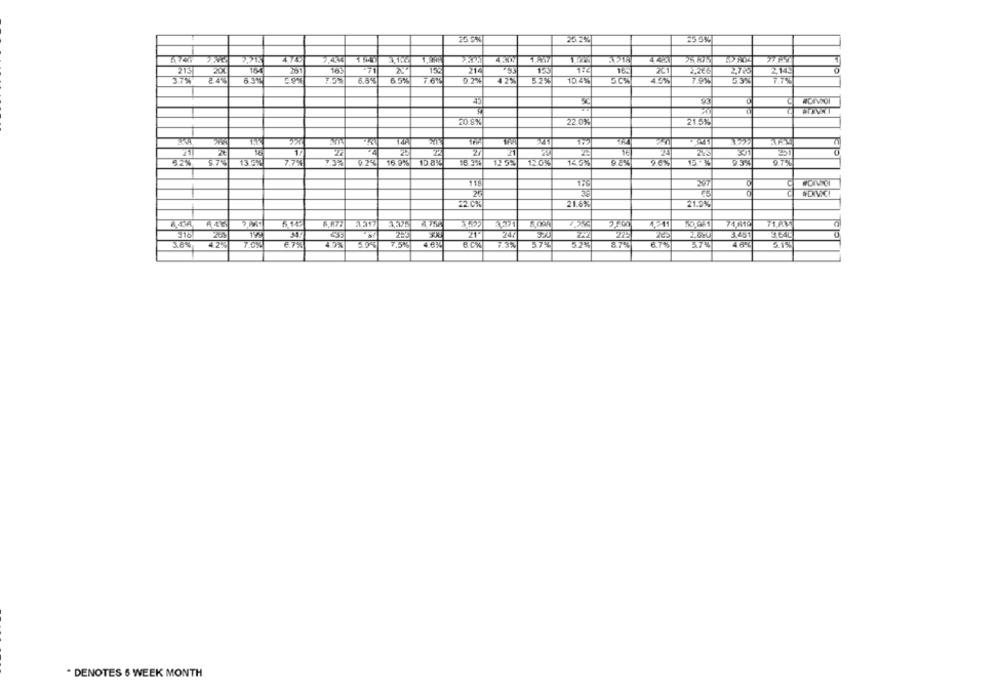
23.2%
16
158
216
16%
2,778
2143
37%
635
65%
0. 7%
475
10.4%
7.9%
7.7%
45
20.8%
22 0%
52%
13 5%
92% 169% 10 8%
15 300
135%
12.0%
145%
96%
93%
26
38
#DAVIC!
22.C%
21.6%
247
3.45
365
4.2%
7.0%
4.031
7.5%
6.0%
5.7%
87%
3.74
3.1%
* DENOTES 6 WEEK MONTH